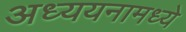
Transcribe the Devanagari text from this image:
अध्ययनामध्ये